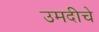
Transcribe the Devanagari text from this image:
उमदीचे